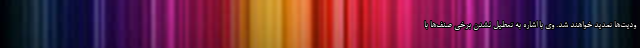
ودیت‌ها تمدید خواهند شد. وی با اشاره به تعطیل نشدن برخی صنف‌ها با